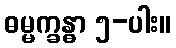
ဓမ္မက္ခန္ဓာ ၅-ပါး။